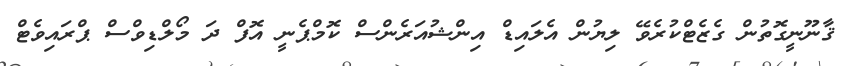
ޤާނޫނީގޮތުން ގެޒެޓްކުރެވޭ ލިޔުން އެލައިޑް އިންޝުއަރެންސް ކޮމްޕެނީ އޮފް ދަ މޯލްޑިވްސް ޕްރައިވެޓް